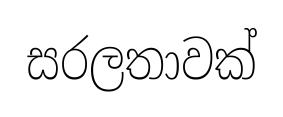
සරලතාවක්